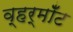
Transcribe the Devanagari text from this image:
व्हर्मॉँट